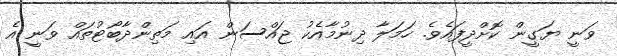
ވަނީ ޔަގީން ކޮށްދީފައެވެ. ހަމަލާ ދިނުމާއެކު ޖައްސަން އައި މަތިންދާބޯޓުތައް ވަނީ އެ